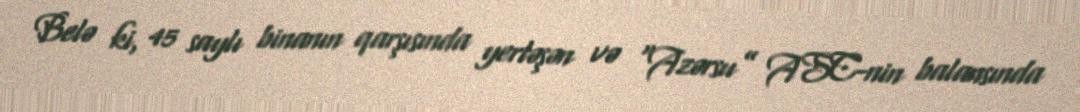
Belə ki, 45 saylı binanın qarşısında yerləşən və “Azərsu” ASC-nin balansında